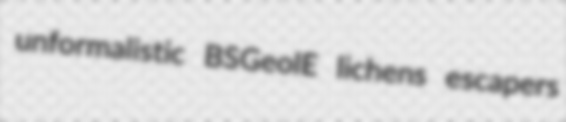
unformalistic BSGeolE lichens escapers